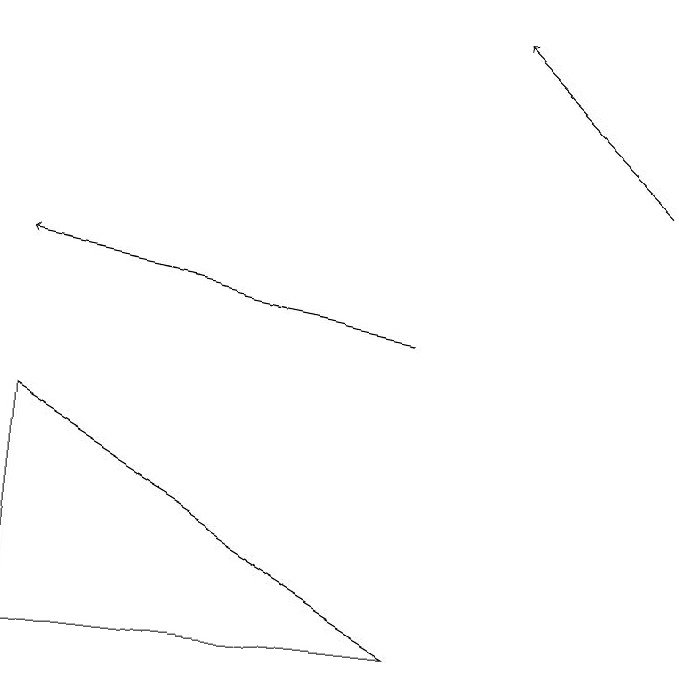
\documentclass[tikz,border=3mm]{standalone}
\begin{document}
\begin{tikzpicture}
\draw[->] (8,12) -- (6,14);
\draw[->] (5,10) -- (0,11);
\draw (5,6) -- (0,6) -- (0,9) -- cycle;
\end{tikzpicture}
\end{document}